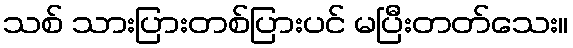
သစ် သားပြားတစ်ပြားပင် မပြီးတတ်သေး။